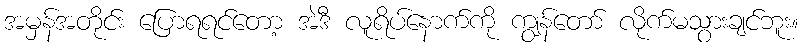
အမှန်အတိုင်း ပြောရရင်တော့ အဲဒီ လူရိပ်နောက်ကို ကျွန်တော် လိုက်မသွားချင်ဘူး။